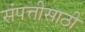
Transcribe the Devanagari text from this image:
संपत्तीसाठी